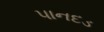
પાનદડ